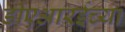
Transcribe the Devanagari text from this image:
डीएआरईच्या